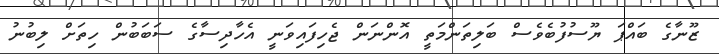
ޒޫނާގެ ބައްޕަ ޔޫސުފުބެވެސް ބަލިތަންމަތީ އޮންނަން ޖެހިފައިވަނީ އެހާދިސާގެ ސަބަބުން ހިތަށް ލިބުނު